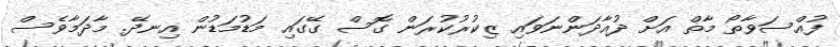
ފުއްސަވާތޯ މާތް އަށް ދުއާދަންނަވައި ޒިކުރުކުރަން ގޮސް ގޭގައި މަޑުމަޑުން އިނދޭ. މާދަމާވެސް